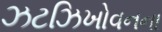
ઝટઝિખોવનના